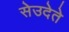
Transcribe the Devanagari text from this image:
सेउदेते